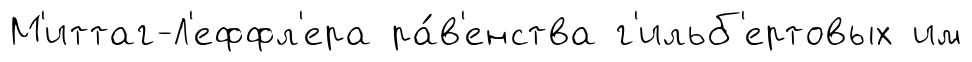
М'иттаг-Л'еффл'ера ра́в'енства г'ильб'ертовых им